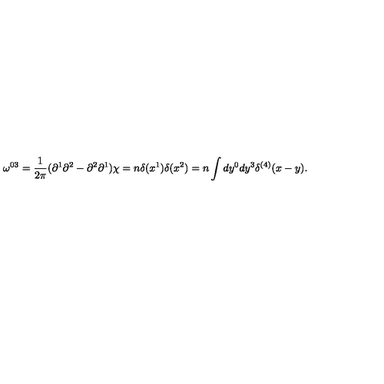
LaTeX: \omega ^ { 0 3 } = \frac { 1 } { 2 \pi } ( \partial ^ { 1 } \partial ^ { 2 } - \partial ^ { 2 } \partial ^ { 1 } ) \chi = n \delta ( x ^ { 1 } ) \delta ( x ^ { 2 } ) = n \int d y ^ { 0 } d y ^ { 3 } \delta ^ { ( 4 ) } ( x - y ) .